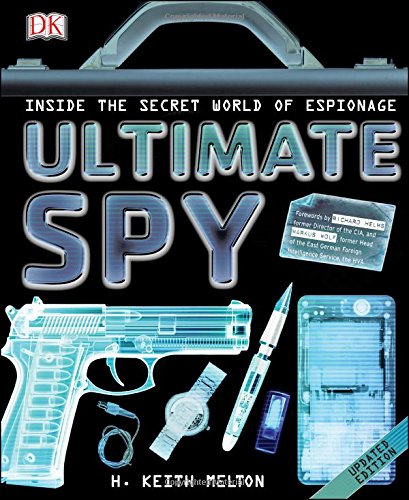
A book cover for Ultimate Spy; H. Keith Melton; Biographies & Memoirs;